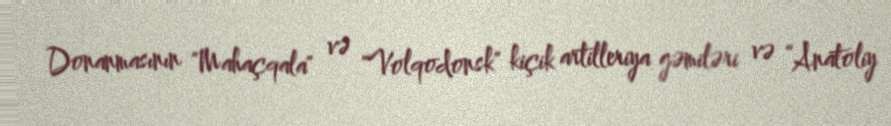
Donanmasının "Mahaçqala" və "Volqodonsk" kiçik artilleriya gəmiləri və “Anatoliy